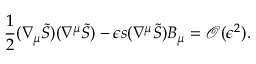
\frac { 1 } { 2 } ( \nabla _ { \mu } \tilde { S } ) ( \nabla ^ { \mu } \tilde { S } ) - \epsilon s ( \nabla ^ { \mu } \tilde { S } ) B _ { \mu } = \mathcal { O } ( \epsilon ^ { 2 } ) .